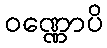
ဝဏ္ဏောပိ